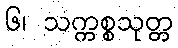
၆၊ သက္ကစ္စသုတ္တ